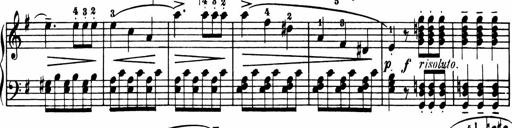
Title: Sonatina in G major
Composer: Friedrich Kuhlau
Key: G major